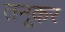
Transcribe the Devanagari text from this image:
तनूकर